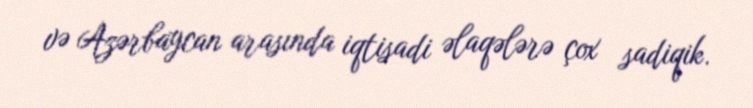
və Azərbaycan arasında iqtisadi əlaqələrə çox sadiqik.